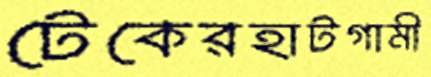
টেকেরহাটগামী